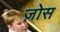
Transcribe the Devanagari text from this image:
ज़ोस